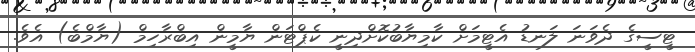
ޓީސީގެ ދެވަނަ ލަނޑު އެޓީމަށް ކާމިޔާބުކޮށްދިނީ ކެޕްޓަން ޔާމީން އިބްރާހިމް (ޔާމްބެ) އެވެ.